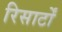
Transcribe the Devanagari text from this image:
रिसार्टों